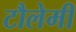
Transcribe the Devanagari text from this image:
टौलेमी